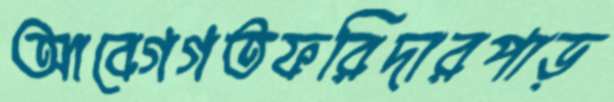
আবেগগতফরিদারপাড়